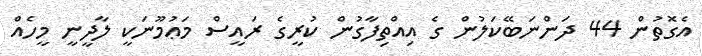
އެގޮތުން 44 ދަންނަބޭކަލުން ގެ އިއްތިފާގުން ކުރީގެ ރައީސް މަޢުމޫނަކީ ލާދީނީ މީހެއް